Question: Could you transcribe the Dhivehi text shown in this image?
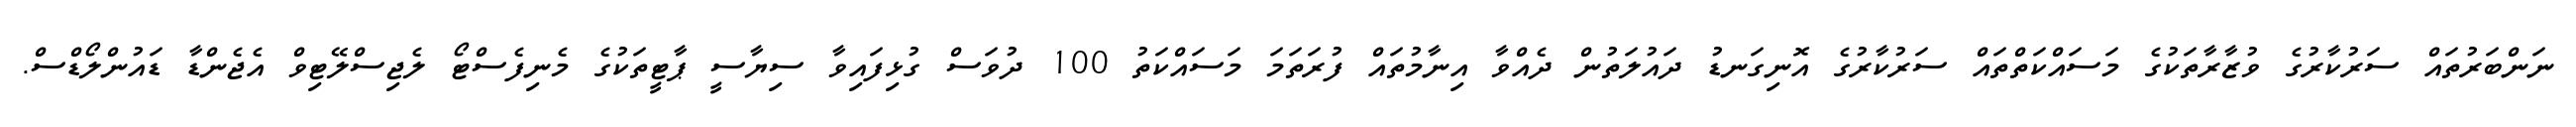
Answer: ނަންބަރުތައް ސަރުކާރުގެ ވުޒާރާތަކުގެ މަސައްކަތްތައް ސަރުކާރުގެ އޮނިގަނޑު ދައުލަތުން ދެއްވާ އިނާމުތައް ފުރަތަމަ މަސައްކަތު 100 ދުވަސް ގުޅިފައިވާ ސިޔާސީ ޕާޓީތަކުގެ މެނިފެސްޓޯ ލެޖިސްލޭޓިވް އެޖެންޑާ ޑައުންލޯޑްސް.